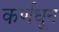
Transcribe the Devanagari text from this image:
कर्णधून